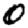
Digit: 0